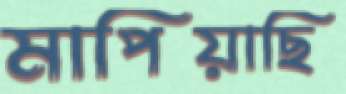
মাপিয়াছি